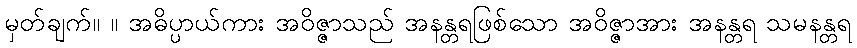
မှတ်ချက်။ ။ အဓိပ္ပာယ်ကား အဝိဇ္ဇာသည် အနန္တရဖြစ်သော အဝိဇ္ဇာအား အနန္တရ သမနန္တရ